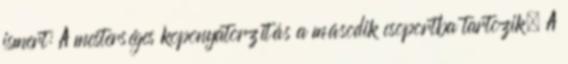
ismert: A mesterséges koponyatorzítás a második csoportba tartozik. A